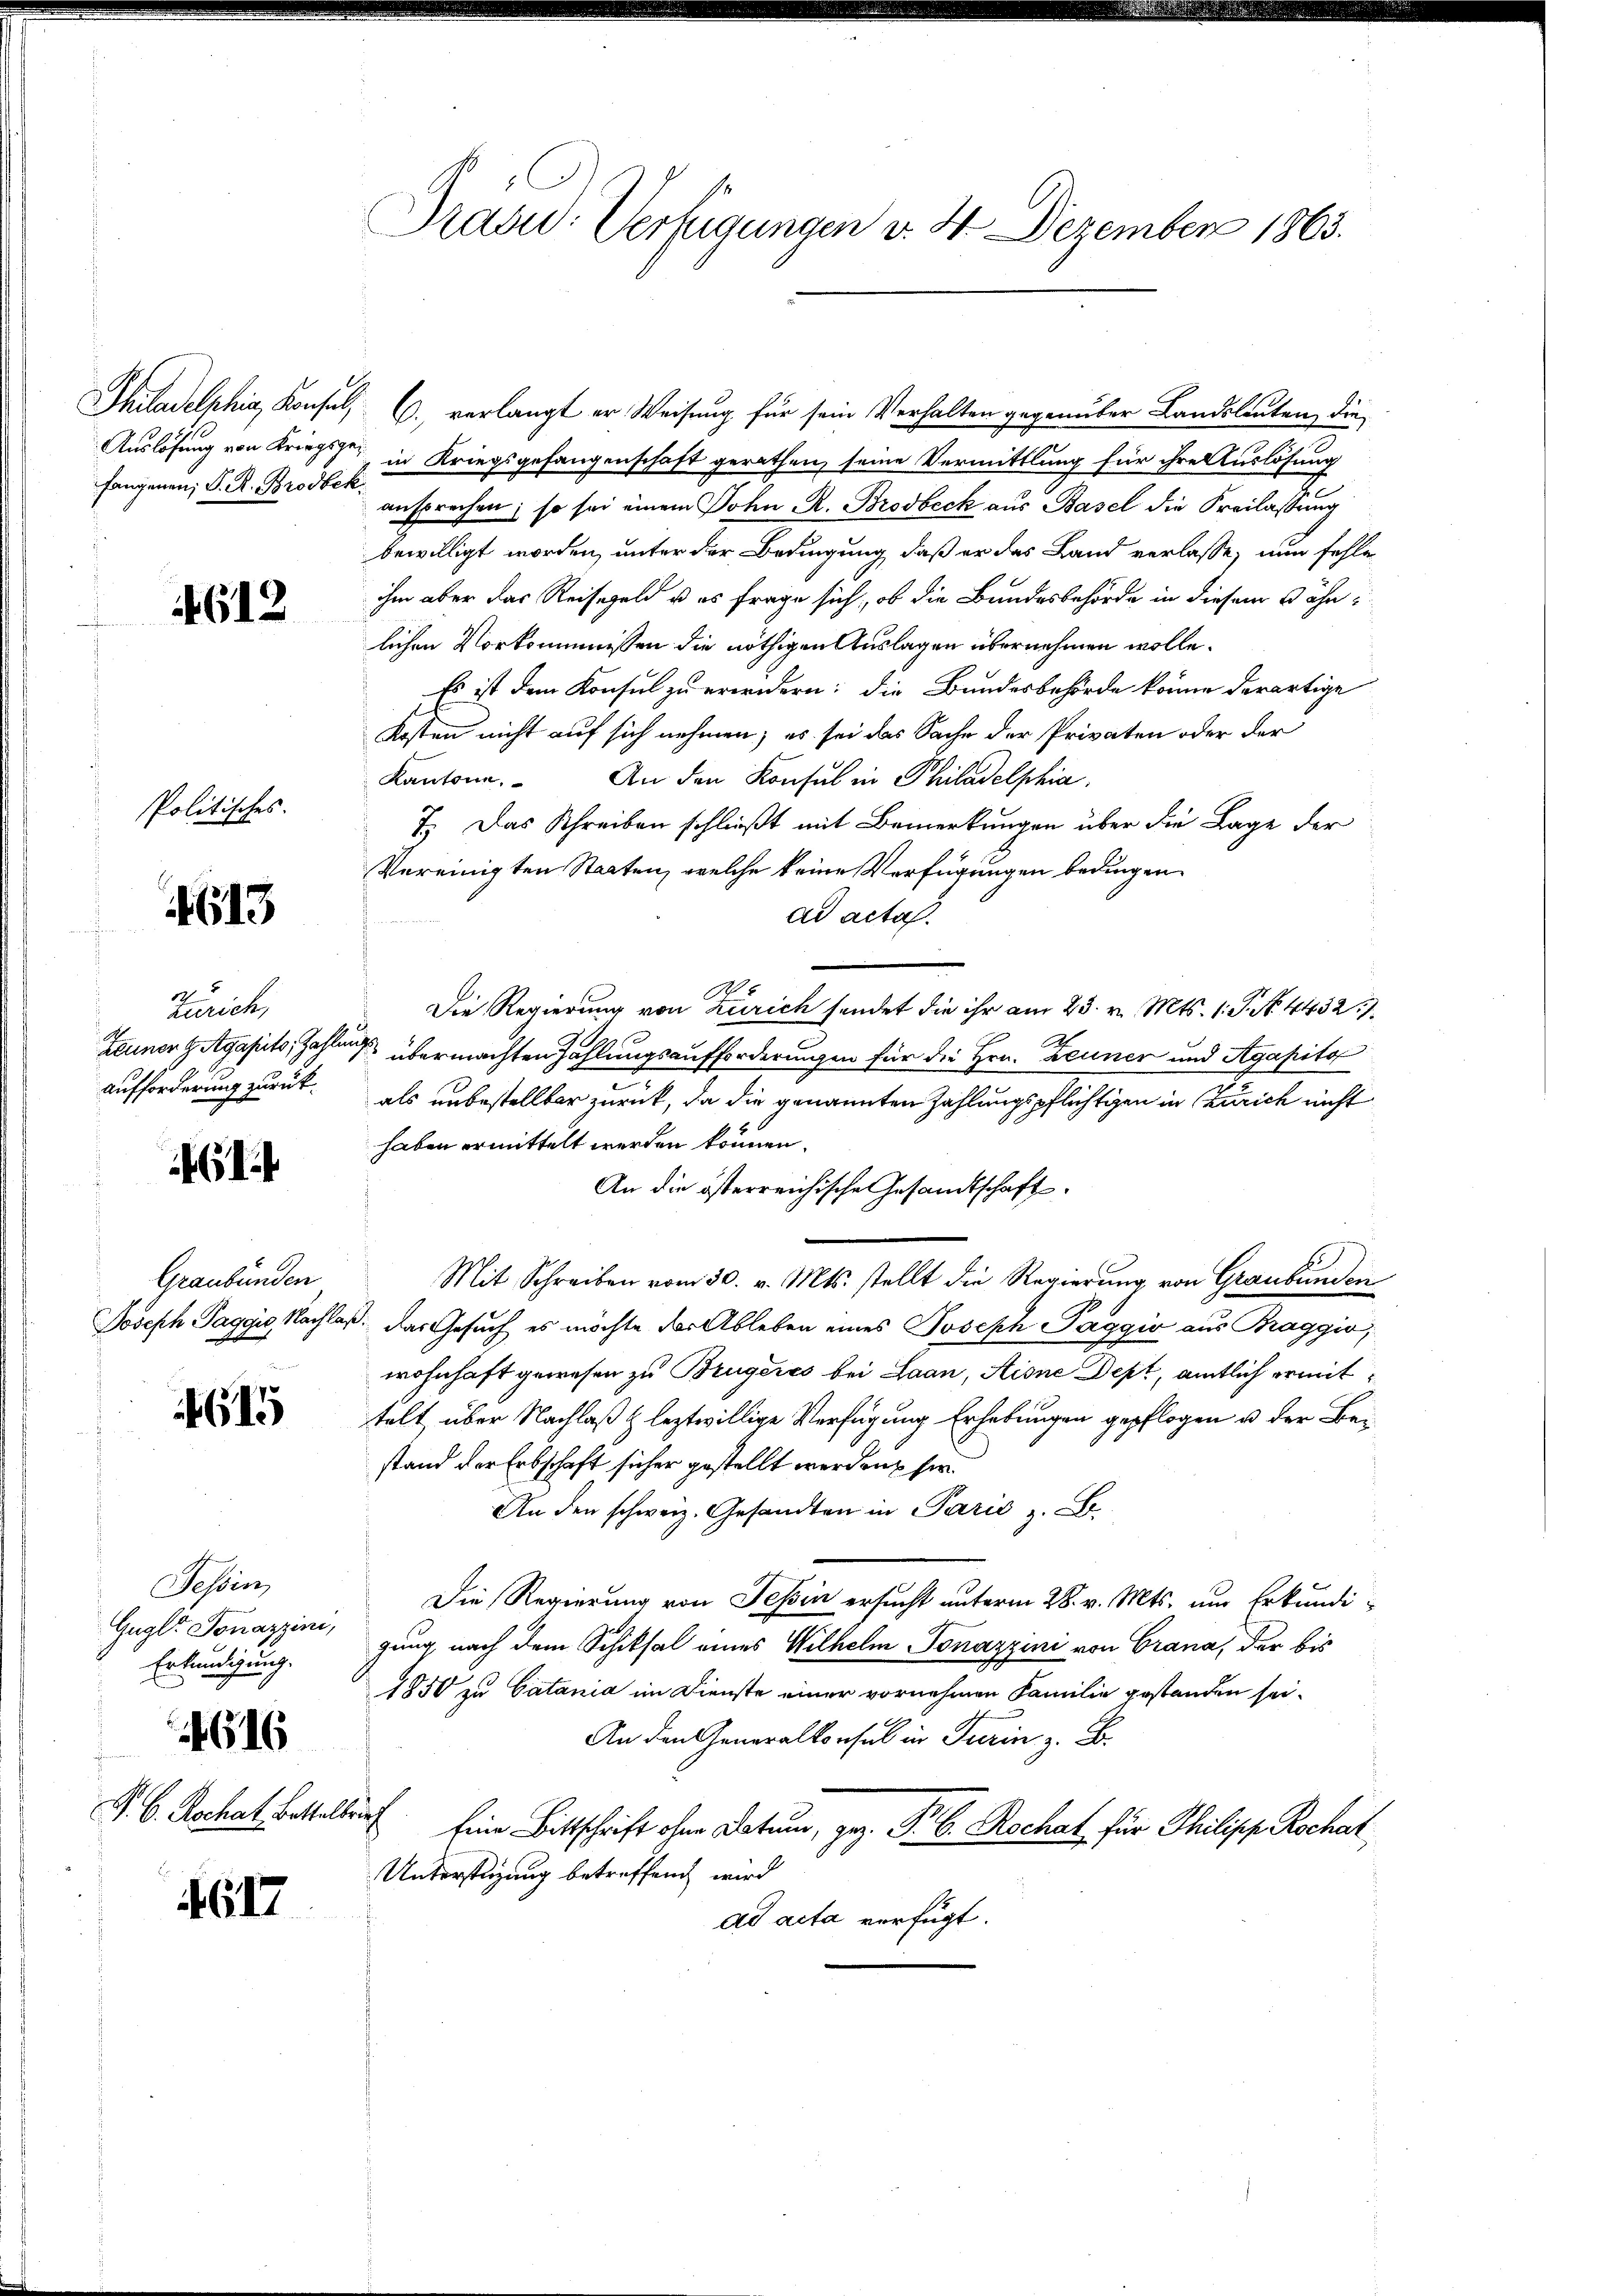
Auslösung von Kriegsgefangenen, S. R. Brodbek

4612

Politisches.

4613

Zürich,
aufforderung zurück

61

Graubünden

615

Tessin,
Gugler Tonazzini,
Erkündigung.

4616

P. C. Rochat. Bettelbrin

4617

Präsid.: Verfügungen v. 4. Dezember 1863.

hiladelphia, Konsul, C. verlangt er Weisung für sein Verhalten gegenüber Landsleuten, die
in Kriegsgefangenschaft gerathen, seine Vermittlung für ihre Auslösung
ansprechen; so sei einem Sohn R. Brodbeck aus Basel die Freilassung
bewilligt worden, unter der Bedingung, daß er das Land verlasse, nun fehle
ihm aber das Reisegeld u es frage sich, ob die Bundesbehörde in diesem Fähnlichen Vorkommnissen die nöthigen Auslagen übernehmen wolle.
Es ist dem Konsul zu erwidern: die Bundesbehörde könne derartige
Kosten nicht auf sich nehmen; es sei das Sache der Privaten oder der
Kantone. An den Konsul in Philadelphia
7. Das Schreiben schließt mit Bemerkungen über die Lage der
Vereinigten Staaten, welche keine Verfügungen bedingen
ad acta.
Die Regierung von Zürich sendet die ihr am 23. v. Mts. 1. P. No. 4432.)
Zeuner gutgeseits, Zahlung übermachten Zahlungsaufforderungen für die Hrn. Zeuner und Agapita
.
als unbestellter zurück, da die genannten Zahlungspflichtigen in Zürich nicht
haben ermittelt werden können.
An die österreichische Gesandtschaft
Mit Schreiben vom 30. v. Mts. stellt die Regierung von Graubünden
Joseph Paggis, Nachlaß. Das Gesuch es möchte der Ableben eines Joseph Paggio aus Braggio,
wohnhaft gewesen zu Brugeres bei Laan, Aisne Dept, amtlich ermittelt, über Nachlaß & leztwillige Verfügung Erhebungen gepflogen u. der Bestand der Erbschaft sicher gestellt werden, sie
An den schweiz. Gesandten in Pazić z. B.
Die Regierung von Tessin ersucht unterm 28. v. Mts. um Erkundigung, nach dem Schiksal eines Wilhelm Tonazzini von Crana, der bis
1850 zu Catania im Dienste einer vornehmen Familie gestanden sei.
An den Generalkonsul in Turin z. B.
Eine Bittschrift ohne Datum, geg. P. C. Rochat für Philipp Kochar
Unterstigung betreffend wird
ad acta verfügt: